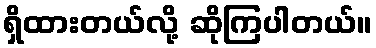
ရှိထားတယ်လို့ ဆိုကြပါတယ်။